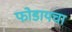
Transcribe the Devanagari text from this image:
फोडायचा